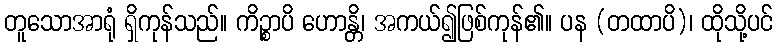
တူသောအာရုံ ရှိကုန်သည်။ ကိဉ္စာပိ ဟောန္တိ၊ အကယ်၍ဖြစ်ကုန်၏။ ပန (တထာပိ)၊ ထိုသို့ပင်